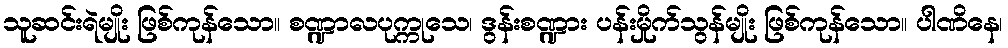
သူဆင်းရဲမျိုး ဖြစ်ကုန်သော။ စဏ္ဍာလပုက္ကုသေ၊ ဒွန်းစဏ္ဍား ပန်းမှိုက်သွန်မျိုး ဖြစ်ကုန်သော။ ပါဏိနေ၊